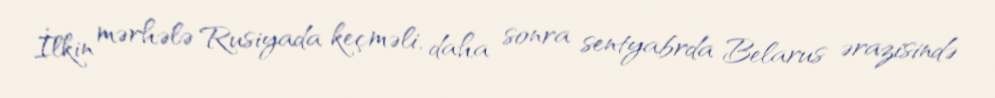
İlkin mərhələ Rusiyada keçməli, daha sonra sentyabrda Belarus ərazisində